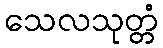
သေလသုတ္တံ